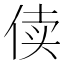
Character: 𰂏